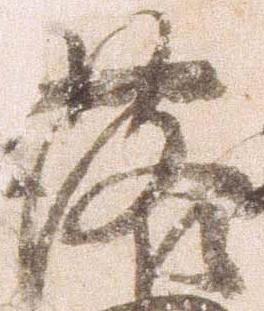
落